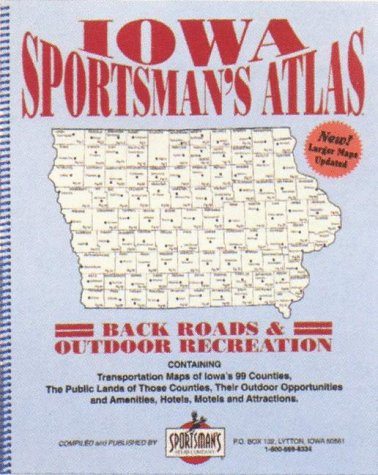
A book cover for Iowa Sportsman's Atlas: Back Roads and Outdoor Recreation; Travel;